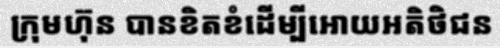
ក្រុមហ៊ុន បានខិតខំដើម្បីអោយអតិថិជន